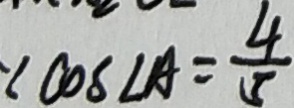
\because \cos \angle A = \frac { 4 } { 5 }